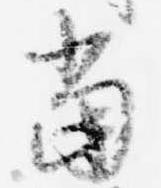
当